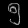
Digit: ၅